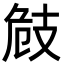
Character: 㩻